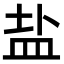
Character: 盐